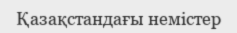
Қазақстандағы немістер